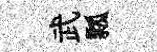
武瓢